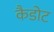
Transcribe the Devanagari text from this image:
कैडोट